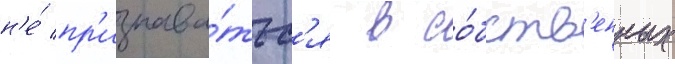
н'е́ пр'изнава́тьс'я в со́бств'енных